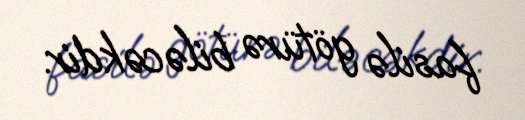
fasilə götürə biləcəkdir.